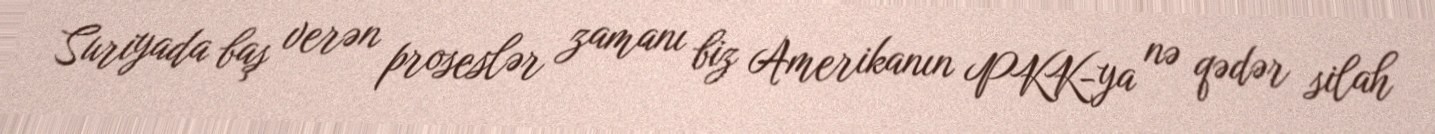
Suriyada baş verən proseslər zamanı biz Amerikanın PKK-ya nə qədər silah